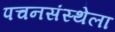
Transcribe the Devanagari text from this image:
पचनसंस्थेला